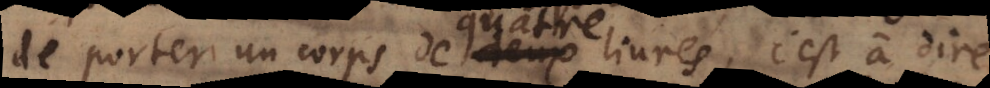
de porter un corps de deux livres, c’est à dire